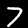
Digit: 7